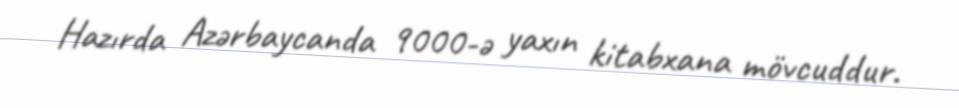
Hazırda Azərbaycanda 9000-ə yaxın kitabxana mövcuddur.